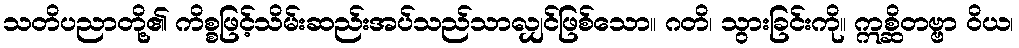
သတိပညာတို့၏ ကိစ္စဖြင့်သိမ်းဆည်းအပ်သည်သာလျှင်ဖြစ်သော။ ဂတိ၊ သွားခြင်းကို။ ဣစ္ဆိတဗ္ဗာ ဝိယ၊